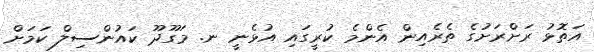
އަތޮޅު ރަށްރަށުގެ ތެރެއިން އެންމެ ކުރީގައި އުޅެނީ ނ. މަގޫދޫ ކައުންސިލް ކަމަށް